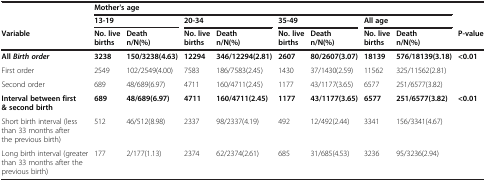
<table><thead><tr><td><b> </b></td><td colspan="8"><b>Mother&#x27;s age</b></td><td><b> </b></td></tr><tr><td><b> </b></td><td colspan="2"><b>13-19</b></td><td colspan="2"><b>20-34</b></td><td colspan="2"><b>35-49</b></td><td colspan="2"><b>All age</b></td><td><b> </b></td></tr><tr><td><b>Variable</b></td><td><b>No. live births</b></td><td><b>Death n/N(%)</b></td><td><b>No. live births</b></td><td><b>Death n/N(%)</b></td><td><b>No. live births</b></td><td><b>Death n/N(%)</b></td><td><b>No. live births</b></td><td><b>Death n/N(%)</b></td><td><b>P-value</b></td></tr></thead><tbody><tr><td><b>All </b><b><i>Birth order</i></b></td><td><b>3238</b></td><td><b>150/3238(4.63)</b></td><td><b>12294</b></td><td><b>346/12294(2.81)</b></td><td><b>2607</b></td><td><b>80/2607(3.07)</b></td><td><b>18139</b></td><td><b>576/18139(3.18)</b></td><td><b>&lt;0.01</b></td></tr><tr><td>First order</td><td>2549</td><td>102/2549(4.00)</td><td>7583</td><td>186/7583(2.45)</td><td>1430</td><td>37/1430(2.59)</td><td>11562</td><td>325/11562(2.81)</td><td> </td></tr><tr><td>Second order</td><td>689</td><td>48/689(6.97)</td><td>4711</td><td>160/4711(2.45)</td><td>1177</td><td>43/1177(3.65)</td><td>6577</td><td>251/6577(3.82)</td><td> </td></tr><tr><td><b>Interval between first &amp; second birth</b></td><td><b>689</b></td><td><b>48/689(6.97)</b></td><td><b>4711</b></td><td><b>160/4711(2.45)</b></td><td><b>1177</b></td><td><b>43/1177(3.65)</b></td><td><b>6577</b></td><td><b>251/6577(3.82)</b></td><td><b>&lt;0.01</b></td></tr><tr><td>Short birth interval (less than 33 months after the previous birth)</td><td>512</td><td>46/512(8.98)</td><td>2337</td><td>98/2337(4.19)</td><td>492</td><td>12/492(2.44)</td><td>3341</td><td>156/3341(4.67)</td><td> </td></tr><tr><td>Long birth interval (greater than 33 months after the previous birth)</td><td>177</td><td>2/177(1.13)</td><td>2374</td><td>62/2374(2.61)</td><td>685</td><td>31/685(4.53)</td><td>3236</td><td>95/3236(2.94)</td><td> </td></tr></tbody></table>